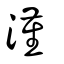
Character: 漌